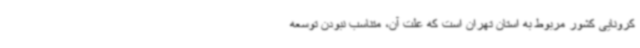
کرونایی کشور مربوط به استان تهران است که علت آن، متناسب نبودن توسعه